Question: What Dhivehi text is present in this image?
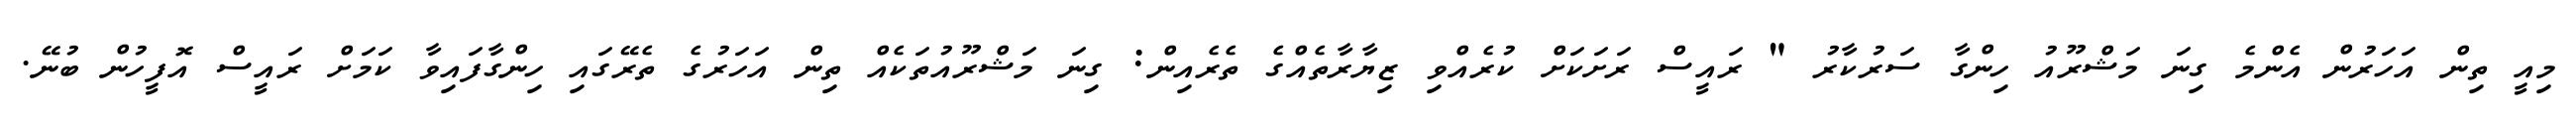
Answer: މިއީ ތިން އަހަރުން އެންމެ ގިނަ މަޝްރޫއު ހިންގާ ސަރުކާރު " ރައީސް ރަށަކަށް ކުރެއްވި ޒިޔާރާތެއްގެ ތެރެއިން: ގިނަ މަޝްރޫއުތަކެއް ތިން އަހަރުގެ ތެރޭގައި ހިންގާފައިވާ ކަމަށް ރައީސް އޮފީހުން ބުނޭ.